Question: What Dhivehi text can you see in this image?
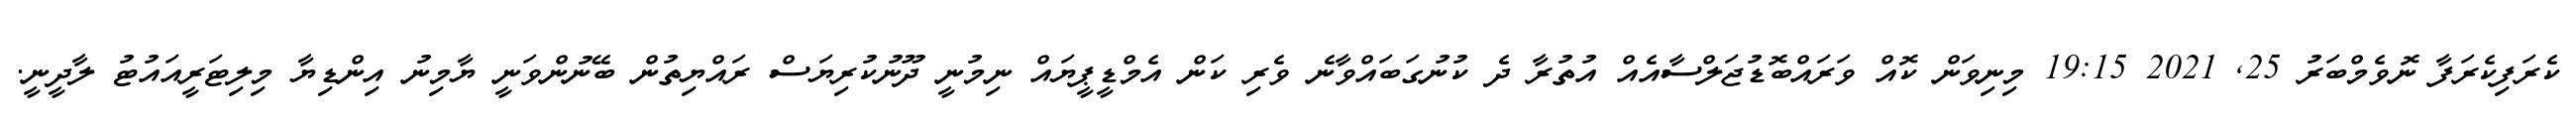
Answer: ކެރަފިކެރަފާ ނޮވެމްބަރު 25, 2021 19:15 މިނިވަން ކޮއް ވަރައްބޮޑުޖަލްސާއެއް އުތުރާ ދެ ކުނުގަބައްވާނެ ވެރި ކަން އެމްޑީޕީޔައް ނިމުނީ ދޫނުކުރިޔަސް ރައްޔިތުން ބޭނުންވަނީ ޔާމިނު އިންޑިޔާ މިލިޓަރީއައުޓު ލާދީނީ.